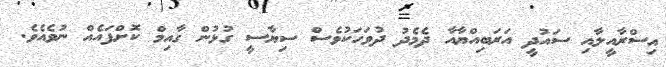
އިސްރާއީލާއި ސައުދީ އަރަބިއްޔާއާ ދެމެދު ދުވަހަކުވެސް ސިޔާސީ ގުޅުން ގާއިމް ކޮށްފައެއް ނުވެއެވެ.